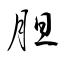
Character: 胆